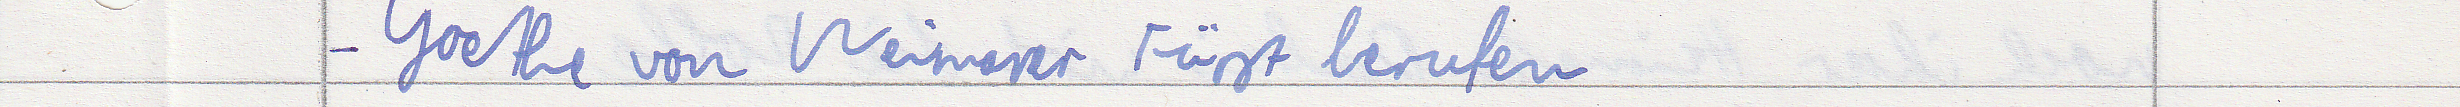
- Goethe von Weimarer Fürst berufen